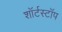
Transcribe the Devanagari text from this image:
शॉर्टस्टॉप